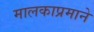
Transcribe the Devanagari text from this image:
मालकाप्रमाने